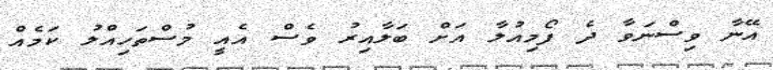
އޭނާ ވިސްނަވާ ދެ ފޯމިއުލާ އަށް ބަލާއިރު ވެސް އެއީ މުސްތަހިއްލު ކަމެއް